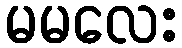
မမလေး